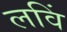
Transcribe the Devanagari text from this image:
लविं